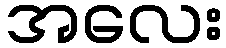
အလေး